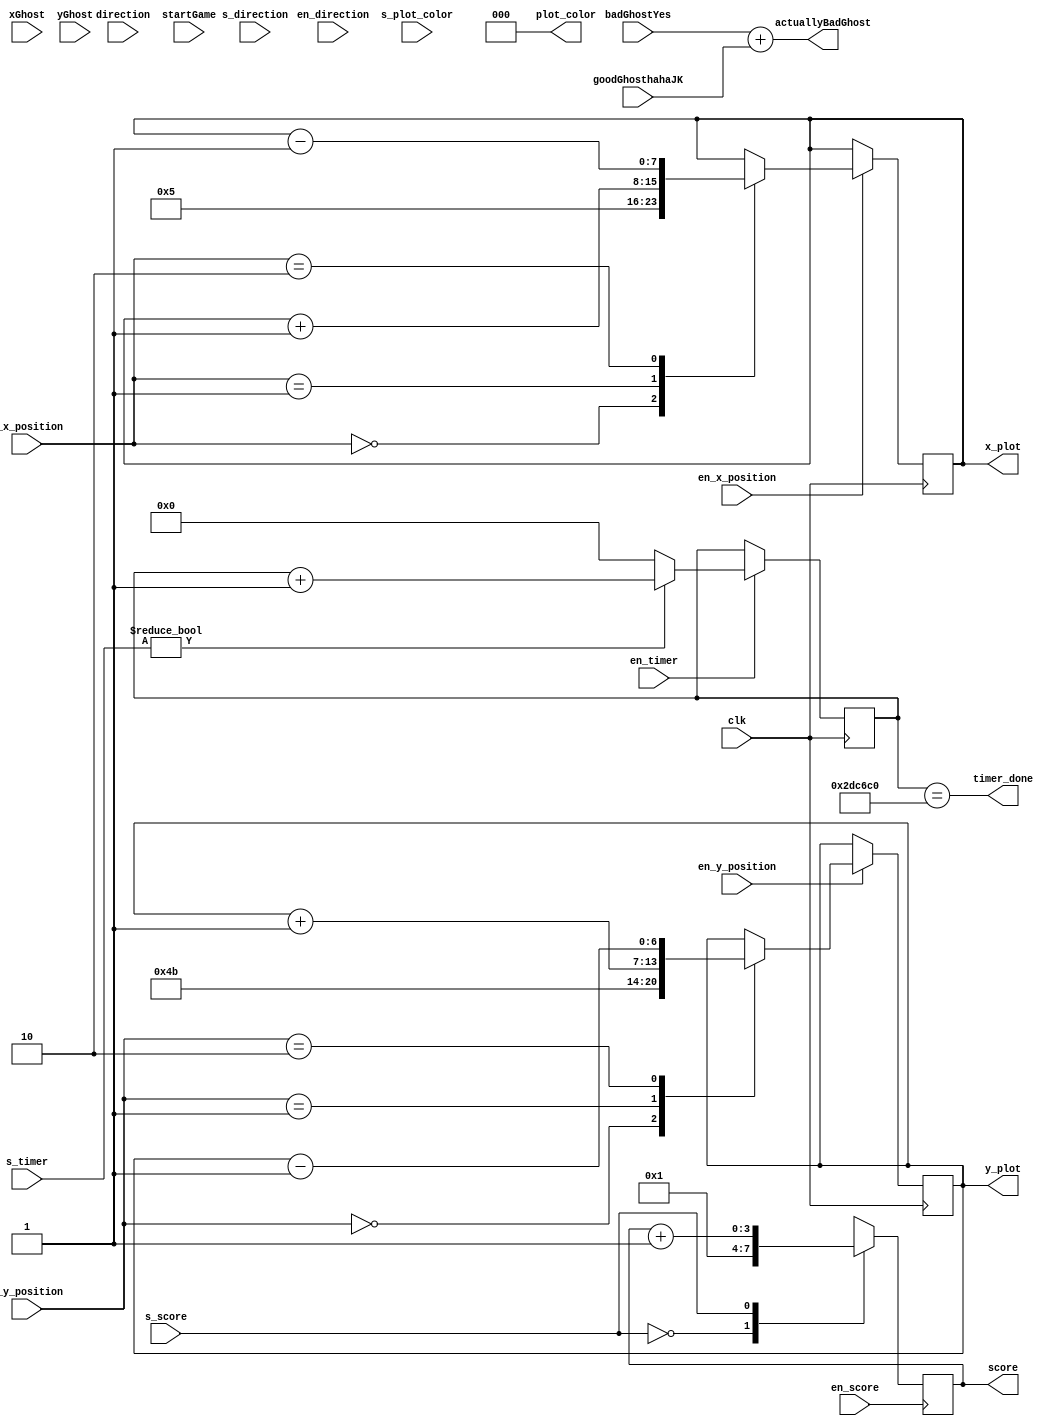
module datapath(
	input 					clk,
	input 		[1:0] direction,
	input			 		startGame,
	input					en_x_position,
	input			[1:0] s_x_position,
	input					en_y_position,
	input			[1:0] s_y_position,
	input					en_direction,
	input			[1:0] s_direction,
	input					en_timer,
	input			[1:0] s_timer,
	input					en_score,
	input					s_score,
	input			[7:0] xGhost,
	input			[6:0] yGhost,
	input					badGhostYes,
	input					goodGhosthahaJK,
//	input			 backgroundColorRead,
	input			[1:0] s_plot_color,
	output		[2:0]	plot_color,
	output 		[7:0] x_plot,
   output 		[6:0] y_plot,
	output 				timer_done,
	output				actuallyBadGhost,
	output		[3:0] score
//	output				touchingMaze
);


reg [25:0] timer;
reg [7:0] x_position;
reg [6:0] y_position;
reg [3:0] scorerios;

parameter TIMER_LIMIT = 26'd3000000; //26'd3_000_000; 
parameter init_x_position = 5;
parameter init_y_position = 75;
parameter init_score = 1;

parameter BLACK = 3'd0;

initial timer = 26'd0;

always@(posedge clk)
    if(en_x_position)
        case(s_x_position)
            0: x_position <= init_x_position;
            1: x_position <= x_position + 1;
            2: x_position <= x_position - 1;
        
        endcase


always @(posedge clk)
    if (en_y_position)
        case(s_y_position)
            0: y_position <= init_y_position;
            1: y_position <= y_position + 1;
            2: y_position <= y_position - 1;
        endcase

always @(posedge clk)
    if (en_timer)
        if(s_timer)
            timer <= timer + 1;
        else
            timer <= 0;
		
always @(posedge en_score)
	if (en_score)
		case (s_score)
			0: scorerios <= init_score;
			1: scorerios <= scorerios + 1;
		endcase
				
assign plot_color = BLACK;
assign timer_done = timer == TIMER_LIMIT;
assign x_plot = x_position;
assign y_plot = y_position;
assign score = scorerios;
assign actuallyBadGhost = badGhostYes + goodGhosthahaJK;
//assign actuallyBadGhost = ~(~badGhostYes & 
//			xGhost > 8'd10 & 
//			xGhost < 8'd135 & 
//			yGhost > 7'd10 & 
//			yGhost < 7'd135);
//assign touchingMaze = backgroundColorRead;



endmodule